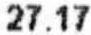
27.17